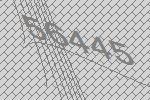
56445